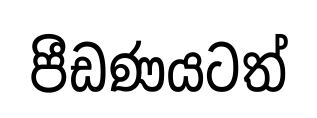
පීඩණයටත්